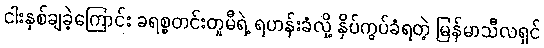
ငါးနှစ်ချခဲ့ကြောင်း ခရစ္စတင်းတူမီရဲ့ ရဟန်းခံလို့ နှိပ်ကွပ်ခံရတဲ့ မြန်မာသီလရှင်